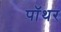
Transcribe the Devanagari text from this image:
पॉथर